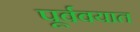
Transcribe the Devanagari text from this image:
पूर्ववयात